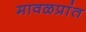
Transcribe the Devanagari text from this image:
मावळप्रांत